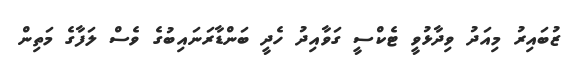
ޒުބައިރު މިއަދު ވިދާޅުވީ ޓެކްސީ ގަވާއިދު ހެދީ ބަންޑާރަނައިބުގެ ވެސް ލަފާގެ މަތިން